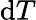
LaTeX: \mathrm{d}T